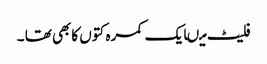
فلیٹ میںایک کمرہ کتوں کابھی تھا ۔